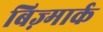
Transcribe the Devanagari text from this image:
बिज़्मार्क